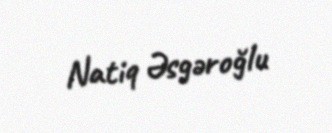
Natiq Əsgəroğlu